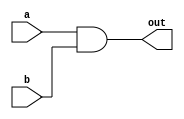
`timescale 1ns / 1ps
//////////////////////////////////////////////////////////////////////////////////
// Company: EE480
// 
// Design Name: 
// Module Name:    and_gate 
// Project Name: 
// Target Devices: 
// Tool versions: 
// Description: 
//
// Dependencies: 
//
// Revision: 
// Revision 0.01 - File Created
// Additional Comments: 
//
//////////////////////////////////////////////////////////////////////////////////
module and_gate(a,b,out);
	input a,b;
	output out;
	
	and And1(out,a,b);

endmodule